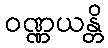
ဝဏ္ဏယန္တိ